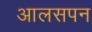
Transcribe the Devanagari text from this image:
आलसपन